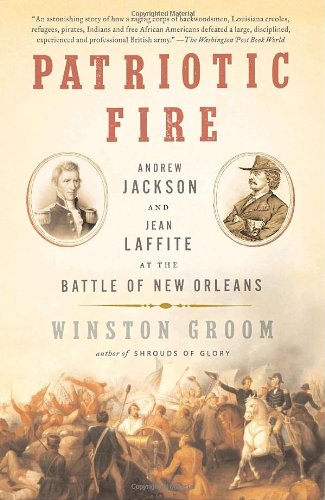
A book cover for Patriotic Fire: Andrew Jackson and Jean Laffite at the Battle of New Orleans; Winston Groom; History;